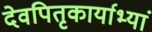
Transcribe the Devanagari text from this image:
देवपितृकार्याभ्यां